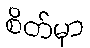
စိတ်မှာ